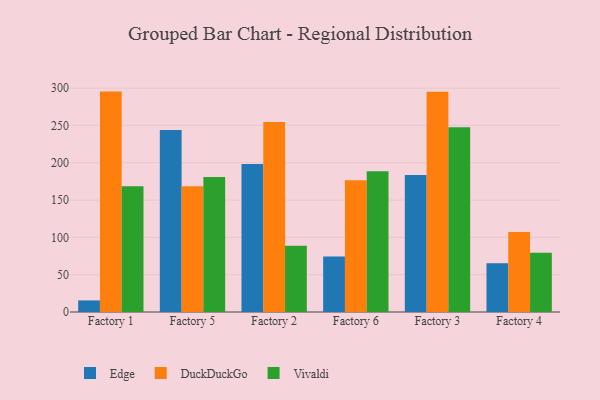
{"axis": {"x": "Factory", "y": "Gross Profit (USD K)"}, "legend": ["DuckDuckGo", "Edge", "Vivaldi"], "data": [{"x": "Factory 1", "y": 15.5, "type": "Edge"}, {"x": "Factory 1", "y": 295.3, "type": "DuckDuckGo"}, {"x": "Factory 1", "y": 168.5, "type": "Vivaldi"}, {"x": "Factory 5", "y": 244.0, "type": "Edge"}, {"x": "Factory 5", "y": 168.5, "type": "DuckDuckGo"}, {"x": "Factory 5", "y": 180.9, "type": "Vivaldi"}, {"x": "Factory 2", "y": 198.2, "type": "Edge"}, {"x": "Factory 2", "y": 254.7, "type": "DuckDuckGo"}, {"x": "Factory 2", "y": 88.8, "type": "Vivaldi"}, {"x": "Factory 6", "y": 74.3, "type": "Edge"}, {"x": "Factory 6", "y": 176.6, "type": "DuckDuckGo"}, {"x": "Factory 6", "y": 188.6, "type": "Vivaldi"}, {"x": "Factory 3", "y": 183.4, "type": "Edge"}, {"x": "Factory 3", "y": 295.0, "type": "DuckDuckGo"}, {"x": "Factory 3", "y": 247.5, "type": "Vivaldi"}, {"x": "Factory 4", "y": 65.2, "type": "Edge"}, {"x": "Factory 4", "y": 107.2, "type": "DuckDuckGo"}, {"x": "Factory 4", "y": 79.4, "type": "Vivaldi"}]}